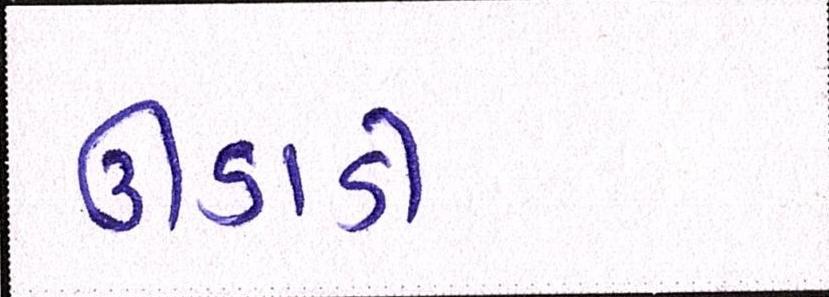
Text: ઊડાડી